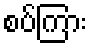
စပ်ကြား